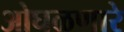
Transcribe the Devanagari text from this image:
ओघळणारे